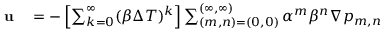
\begin{array} { r l } { \mathbf { u } } & { { } = - \left[ \sum _ { k = 0 } ^ { \infty } ( \beta \Delta T ) ^ { k } \right] \sum _ { ( m , n ) = ( 0 , 0 ) } ^ { ( \infty , \infty ) } \alpha ^ { m } \beta ^ { n } \nabla p _ { m , n } } \end{array}